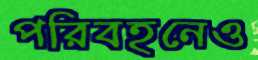
পরিবহনেও